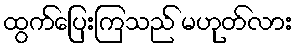
ထွက်ပြေးကြသည် မဟုတ်လား